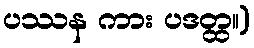
ပဿန ကား ပဒတ္ထ။)